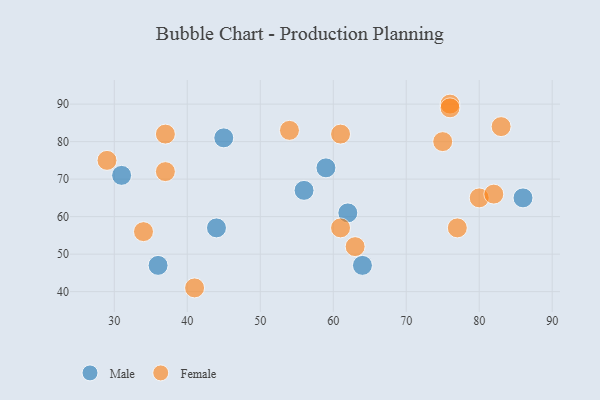
{"axis": {"x": "GDP", "y": "Life Expectancy"}, "legend": ["Female", "Male"], "data": [{"x": "86", "y": 65, "type": "Male"}, {"x": "59", "y": 73, "type": "Male"}, {"x": "36", "y": 47, "type": "Male"}, {"x": "56", "y": 67, "type": "Male"}, {"x": "64", "y": 47, "type": "Male"}, {"x": "62", "y": 61, "type": "Male"}, {"x": "31", "y": 71, "type": "Male"}, {"x": "44", "y": 57, "type": "Male"}, {"x": "45", "y": 81, "type": "Male"}, {"x": "37", "y": 82, "type": "Female"}, {"x": "37", "y": 72, "type": "Female"}, {"x": "76", "y": 90, "type": "Female"}, {"x": "29", "y": 75, "type": "Female"}, {"x": "75", "y": 80, "type": "Female"}, {"x": "83", "y": 84, "type": "Female"}, {"x": "77", "y": 57, "type": "Female"}, {"x": "54", "y": 83, "type": "Female"}, {"x": "41", "y": 41, "type": "Female"}, {"x": "80", "y": 65, "type": "Female"}, {"x": "61", "y": 57, "type": "Female"}, {"x": "76", "y": 89, "type": "Female"}, {"x": "34", "y": 56, "type": "Female"}, {"x": "63", "y": 52, "type": "Female"}, {"x": "82", "y": 66, "type": "Female"}, {"x": "61", "y": 82, "type": "Female"}]}